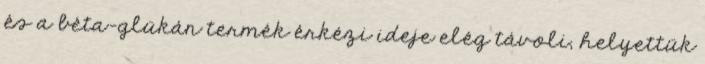
és a béta-glükán termék érkézi ideje elég távoli, helyettük